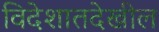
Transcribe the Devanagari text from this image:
विदेशातदेखील